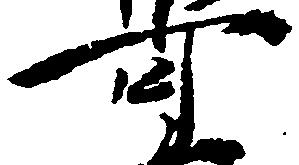
可